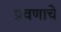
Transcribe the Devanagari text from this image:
प्रवणाचे